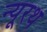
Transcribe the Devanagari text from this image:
न्यूरथ